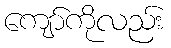
ကျော်ကိုလည်း